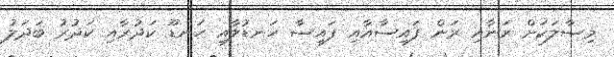
މިސާލަކަށް ރަނާއި ރަން ފައިސާއާއި ފައިސާ ހަނޑުލާއި ހަނޑޫ ކަދުރާއި ކަދުރު ބަދަލު